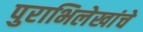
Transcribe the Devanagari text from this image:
पुराभिलेखांचे